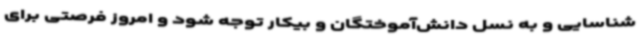
شناسایی و به نسل دانش‌آموختگان و بیکار توجه شود و امروز فرصتی برای